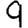
Digit: 9